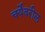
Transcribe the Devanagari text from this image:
चर्येवरील